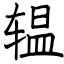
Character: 辒